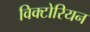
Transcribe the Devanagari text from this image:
विक्‍टोरियन